Problem: 4 × 9 = ?
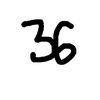
Handwritten answer: 36